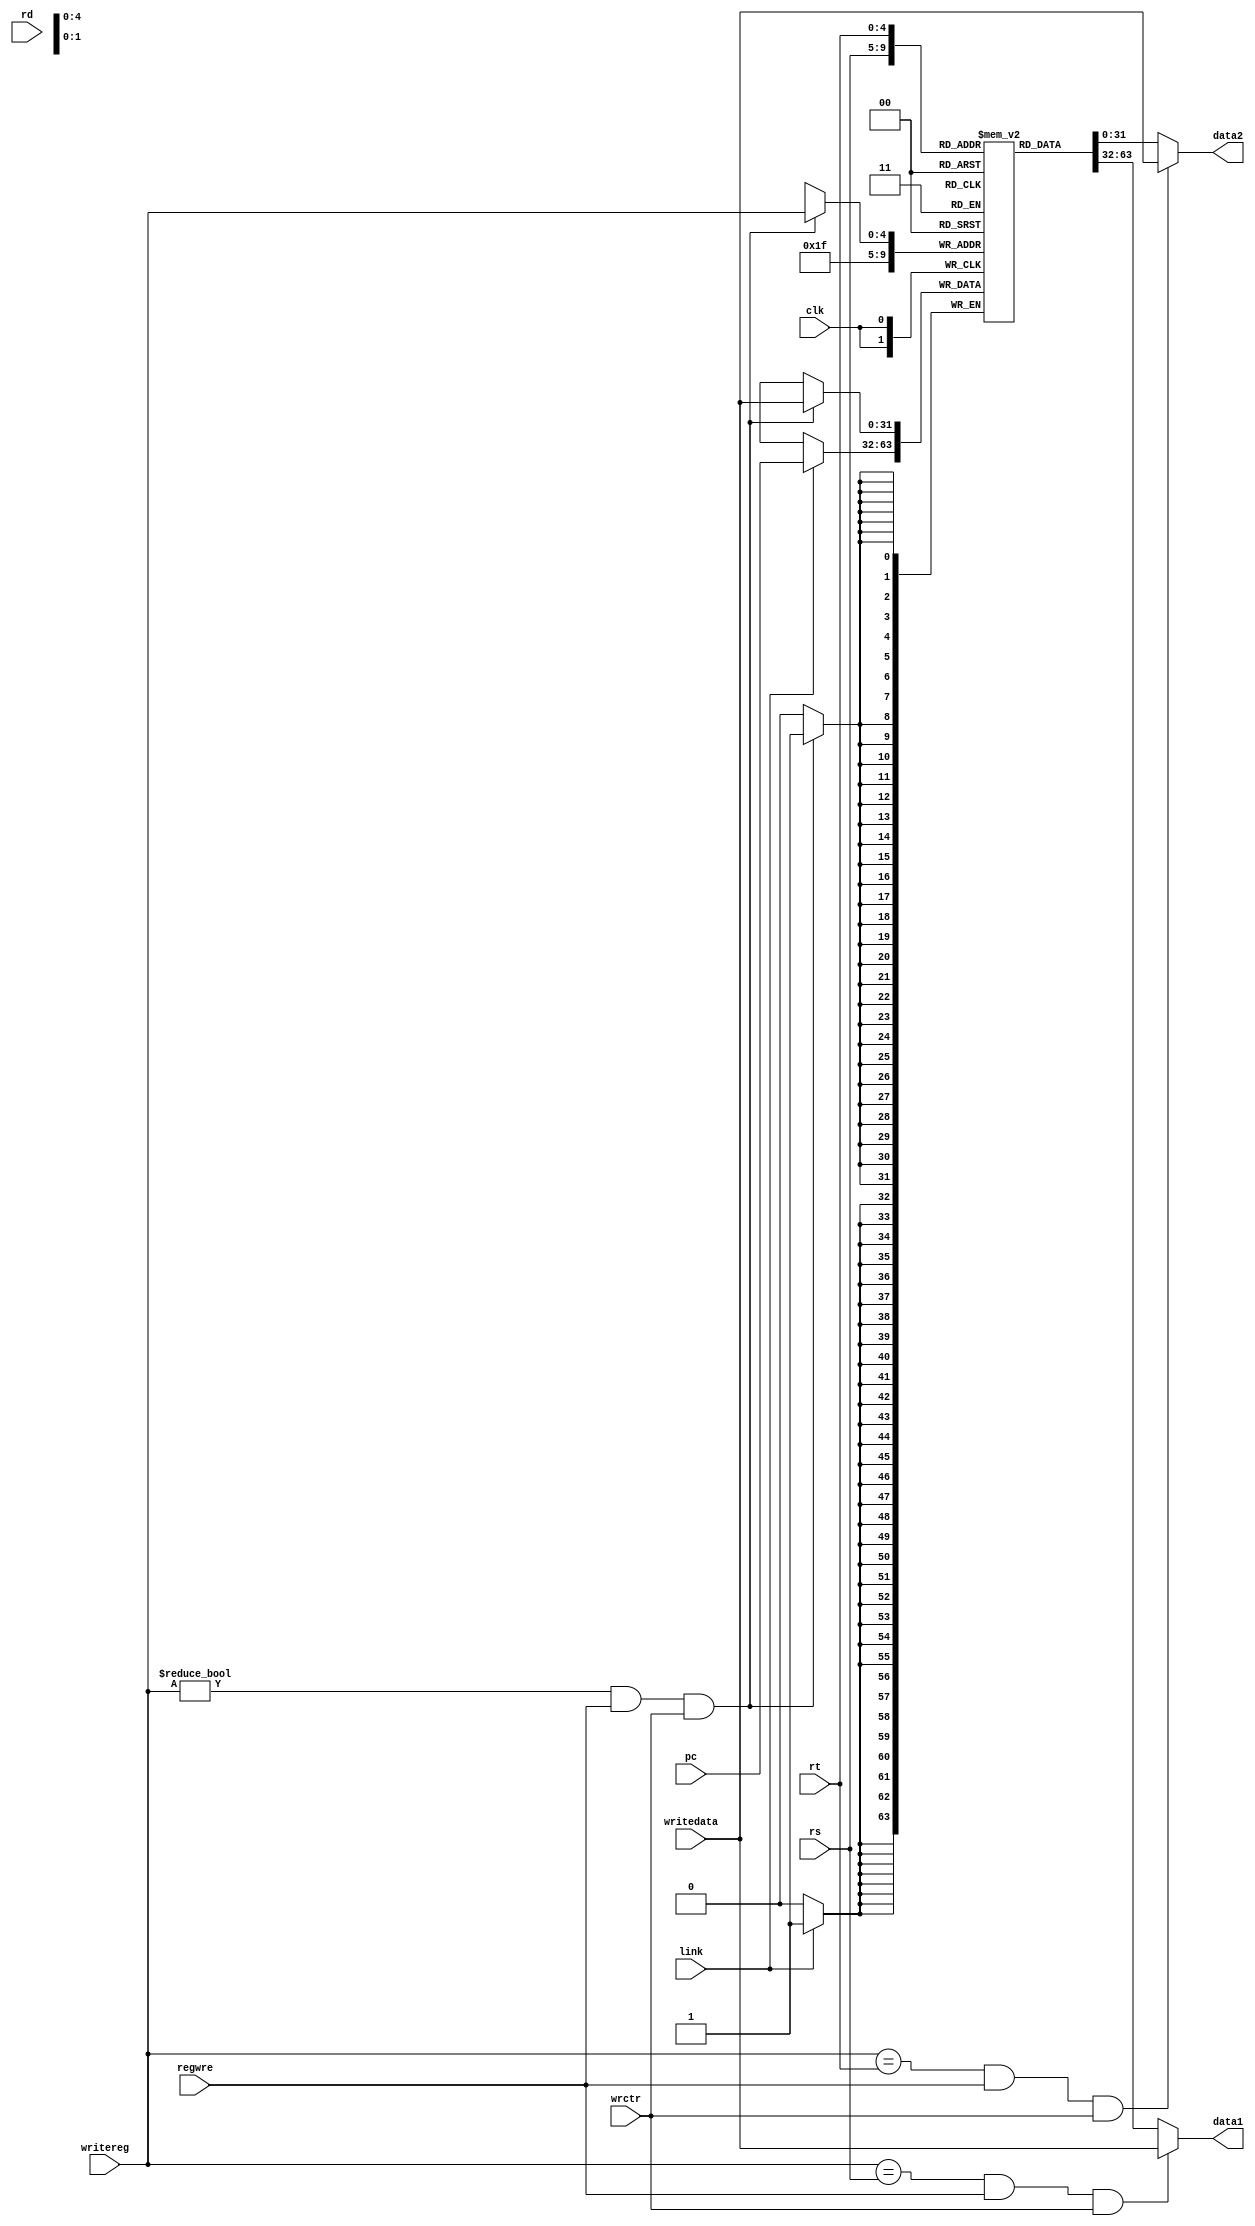
`ifndef _reg
`define _reg

module register(
	input clk,
	input regwre,
	input wrctr,
	input [4:0] writereg,
	input [4:0] rs, rt, rd,
	input link,
	input [31:0] writedata,
	input [31:0] pc,
	output wire [31:0] data1, data2
);
	reg [31:0] regroup[0:31];
	reg [31:0] _data1, _data2;
	integer i;
	initial begin
		for (i = 0; i < 32; i = i+1)
			regroup[i] <= 0;
	end
	
	//write
	always @(posedge clk) begin
		if(writereg != 0 && regwre && wrctr) regroup[writereg]=writedata;
		if(link) regroup[31] = pc;
	end
	
	//read
	assign data1 = _data1;
	assign data2 = _data2;

	//read content from rs
	//=== including forwarding from WB to ID ===
	always @( * ) begin
		if(writereg == rs && regwre && wrctr) begin 
			_data1 = writedata;
		end
		else begin
			_data1 = regroup[rs];
		end
	end

	//read content from rt
	//=== including forwarding from WB to ID ===
	always @( * ) begin
		if(writereg == rt && regwre && wrctr) begin 
			_data2 = writedata;
		end
		else begin
			_data2 = regroup[rt];
		end
	end
endmodule

`endif